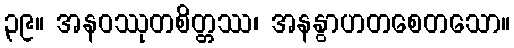
၃၉။ အနဝဿုတစိတ္တဿ၊ အနနွာဟတစေတသော။